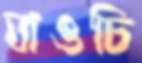
যাওচি